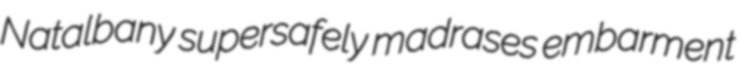
Natalbany supersafely madrases embarment